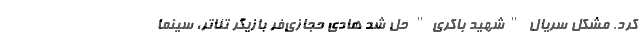
کرد. مشکل سریال "شهید باکری" حل شد هادی حجازی‌فر بازیگر تئاتر، سینما